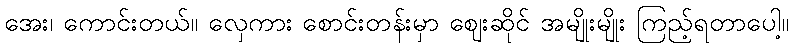
အေး၊ ကောင်းတယ်။ လှေကား စောင်းတန်းမှာ ဈေးဆိုင် အမျိုးမျိုး ကြည့်ရတာပေါ့။